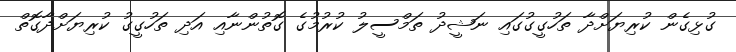
ގުޅިގެން ކުރިޔަށްދާ ތަހުގީގުގައި ނަޝީދު ތަމްސީލު ކުރުމުގެ ގޮތުންނާއި އަދި ތަހުގީގު ކުރިޔަށްދާގޮތް